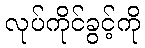
လုပ်ကိုင်ခွင့်ကို